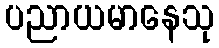
ပညာယမာနေသု